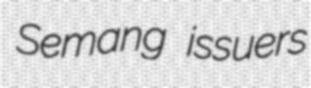
Semang issuers